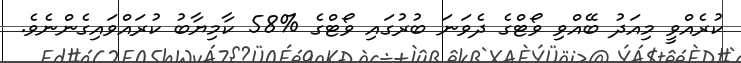
ކުރެއްވީ މިއަދު ބޭއްވި ވޯޓްގެ ދެވަނަ ބުރުގައި ވޯޓްގެ %58 ކާމިޔާބު ކުރައްވައިގެންނެވެ.